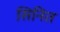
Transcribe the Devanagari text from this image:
सिनित